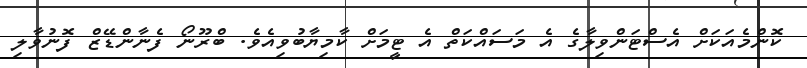
ކޮންމެއަކަށް އެސްޓަންވިލާގެ އެ މަސައްކަތް އެ ޓީމަށް ކާމިޔާބުވިއެވެ. ބްރޫނޯ ފެނާންޑޭޒް ފޮނުވާލި